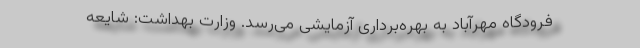
فرودگاه مهرآباد به بهره‌برداری آزمایشی می‌رسد. وزارت بهداشت: شایعه